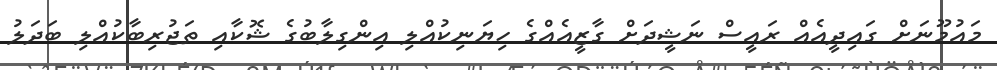
މައުމޫނަށް ގައިދީއެއް ރައީސް ނަޝީދަށް ގާޒީއެއްގެ ހިޔަނިކުއްލި އިންގިލާބުގެ ޝޮކާއި ތަޖުރިބާކުއްލި ބަދަލު